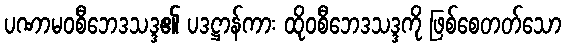
ပဏာမဝစီဘေဒသဒ္ဒ၏ ပဒဋ္ဌာန်ကား ထိုဝစီဘေဒသဒ္ဒကို ဖြစ်စေတတ်သော